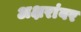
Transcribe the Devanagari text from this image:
अक्षरांवर